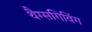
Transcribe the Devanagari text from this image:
थैग्सगिविंग